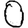
Digit: 0